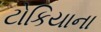
ટોકિયાના